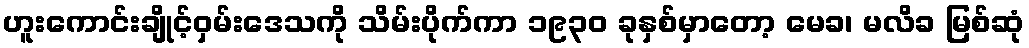
ဟူးကောင်းချိုင့်ဝှမ်းဒေသကို သိမ်းပိုက်ကာ ၁၉၃၀ ခုနှစ်မှာတော့ မေခ၊ မလိခ မြစ်ဆုံ